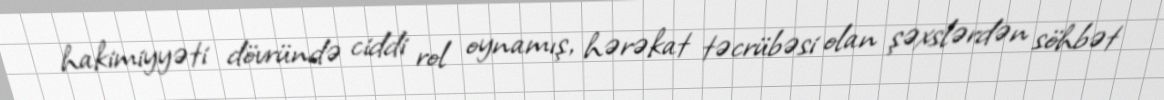
hakimiyyəti dövründə ciddi rol oynamış, hərəkat təcrübəsi olan şəxslərdən söhbət